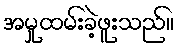
အမှုထမ်းခဲ့ဖူးသည်။